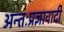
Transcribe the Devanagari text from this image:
अन्तःप्रज्ञावादी